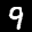
Label: 9